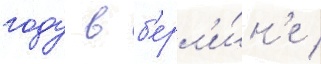
году в б'ерл'и́н'е /